Vaccination United Provinces of Agra and Oudh 1914-1922 - 1914-1922
Year: 1914
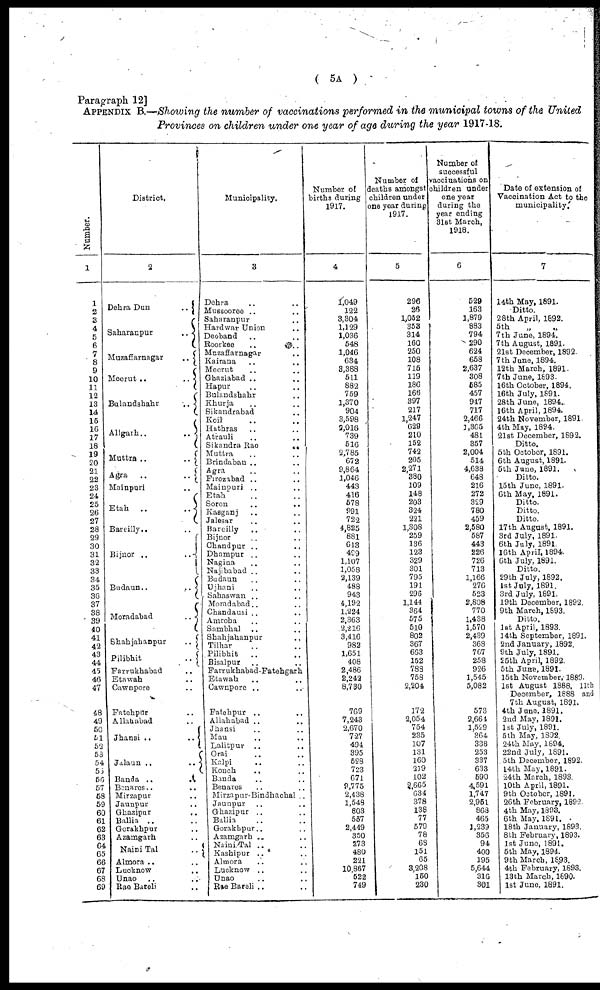
( 5A )
Paragraph 12]
APPENDIX B.—Showing the number of vaccinations performed in the municipal towns of the United
Provinces on children under one year of age during the year 1917-18.
Number.
1
1
2
3
4
5
6
7
8
9
10
11
12
13
14
15
16
17
18
19
20
21
22
23
24
25
26
27
28
29
30
31
32
33
34
35
36
37
38
39
40
41
42
43
44
45
46
47
48
49
50
51
52
53
54
55
56
57
58
59
60
61
62
63
64
65
66
67
68
69
District.
2
Dehra Dun
..
Saharanpur
..
Muzaffarnagar
..
Meerut ..
..
Bulandshahr
..
Aligarh..
..
Muttra ..
..
Agra ..
..
Mainpuri ..
Etah
..
..
Bareilly.. ..
Bijnor ..
..
Budaun..
..
Moradabad
..
Shahjahanpur
..
Pilibhit
..
Farrukhabad ..
Etawah ..
Cawnpore ..
Fatehpur ..
Allahabad ..
Jhansi ..
..
Jalaun .. ..
Banda ..
..
Benares .. ..
Mirzapur ..
Jaunpur ..
Ghazipur ..
Ballia .. ..
Gorakhpur ..
Azamgarh ..
Nairn Tal ..
Almora .. ..
Lucknow ..
Unao .. ..
Rae Bareli ..
Municipality.
3
Dehra .. ..
Mussooree .. ..
Saharanpur .. ..
Hardwar Union ..
Deoband .. ..
Roorkee .. ..
Muzaffarnagar ..
Kairana .. ..
Meerut .. ..
Ghaziabad .. ..
Hapur .. ..
Bulandshahr ..
Khurja .. ..
Sikandrabad ..
Koil .. ..
Hathras .. ..
Atrauli .. ..
Sikandra Rao
..
Muttra .. ..
Brindaban .. ..
Agra .. ..
Firozabad .. ..
Mainpuri .. ..
Etah .. ..
Soron .. ..
Kasganj .. ..
Jalesar .. ..
Bareilly
.. ..
Bijnor .. ..
Chandpur .. ..
Dhampur .. ..
Nagina .. ..
Najibabad .. ..
Budaun .. ..
Ujhani .. ..
Sahaswan .. ..
Moradabad .. ..
Chandausi .. ..
Amroha .. ..
Sambhal .. ..
Shahjahanpur ..
Tilhar .. ..
Pilibhit
.. ..
Bisalpur .. ..
Farrukhabad-Fatehgarh
Etawah ..
Cawnpore .. ..
Fatehpur .. ..
Allahabad .. ..
Jhansi .. ..
Mau .. ..
Lalitpur .. ..
Orai .. ..
Kalpi .. ..
Konch .. ..
Banda .. ..
Benares .. ..
Mirzapur-Bindhachal ..
Jaunpur .. ..
Ghazipur .. ..
Ballia .. ..
Gorakhpur.. ..
Azamgarh .. ..
Naini Tal .. ..
Kashipur .. ..
Almora .. ..
Lucknow .. ..
Unao .. ..
Rae Bareli .. ..
Number of
births during
1917.
4
1,049
122
3,304
1,129
1,036
548
1,046
634
3,388
511
882
759
1,370
904
3,598
2,016
739
516
2,785
672
9,864
1,046
443
416
578
991
722
4,825
881
613
499
1,107
1,058
2,139
488
943
4,192
1,224
2,363
2,216
3,416
982
1,651
408
2,486
2,242
8,730
769
7,243
2,670
727
494
395
528
723
671
9,775
2,438
1,548
803
557
2,449
350
273
480
221
10,867
522
749
Number of
deaths amongst
children under
one year during
1917.
5
296
26
1,052
353
314
160
250
108
715
119
186
166
397
217
1,247
629
210
152
742
205
2,271
380
109
148
203
324
221
1,308
259
136
123
329
301
795
191
296
1,144
364
575
510
802
367
663
152
788
758
2,204
172
2,054
754
235
107
131
160
219
102
2,665
634
378
138
77
579
78
68
151
65
3,208
150
230
Number of
successful
vaccinations on
children under
one year
during the
year ending
31st March,
1918.
6
529
163
1,879
883
794
290
624
658
2,637
308
585
457
947
717
2,466
1,365
481
357
2,004
514
4,638
648
216
272
329
780
459
2,580
587
443
226
726
713
1,166
276
523
2,808
770
1,438
1,570
2,439
363
767
258
926
1,545
5,082
573
2,664
1,529
364
338
253
337
633
590
4,591
1,747
2,951
868
465
1,239
356
94
400
195
5,644
316
301
Date of extension of
Vaccination Act to the
municipality.
7
14th May, 1891.
Ditto.
28th April, 1892.
5th „ „
7th June, 1894.
7th August, 1891.
21st December, 1892.
7th June, 1894.
12th March, 1891.
7th June, 1893.
16th October, 1894.
16th July, 1891.
28th June, 1894.
16th April, 1894.
24th November, 1891.
4th May, 1894.
21st December, 1892.
Ditto.
5th October, 1891.
6th August, 1891.
5th June, 1891.
Ditto.
15th June, 1891.
6th May, 1891.
Ditto.
Ditto.
Ditto.
17th August, 1891.
3rd July, 1891.
6th July, 1891.
16th April, 1894.
6th July, 1891.
Ditto.
29th July, 1892.
1st July, 1891.
3rd July, 1891.
19th December, 1892.
9th March, 1893.
Ditto.
1st April, 1893.
14th September, 1891.
2nd January, 1892.
9th July, 1891.
25th April, 1892.
5th June, 1891.
15th November,1889.
1st August 1888, 11th
December, 1888 and
7th August, 1891.
4th June, 1891.
2nd May, 1891.
1st July, 1891.
5 th May, 1892.
24th May, 1894.
22nd July, 1891.
5th December, 1892.
14th May, 1891.
24th March, 1893.
10th April, 1891.
9th October, 1891.
26th February, 1892.
4th May, 1893.
6th May, 1891.
18th January, 1893.
8th February, 1893.
1st June, 1891.
5 th May, 1894.
9th March, 1893.
4th February, 1893.
13th March, 1890.
1st June, 1891.